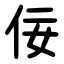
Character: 佞